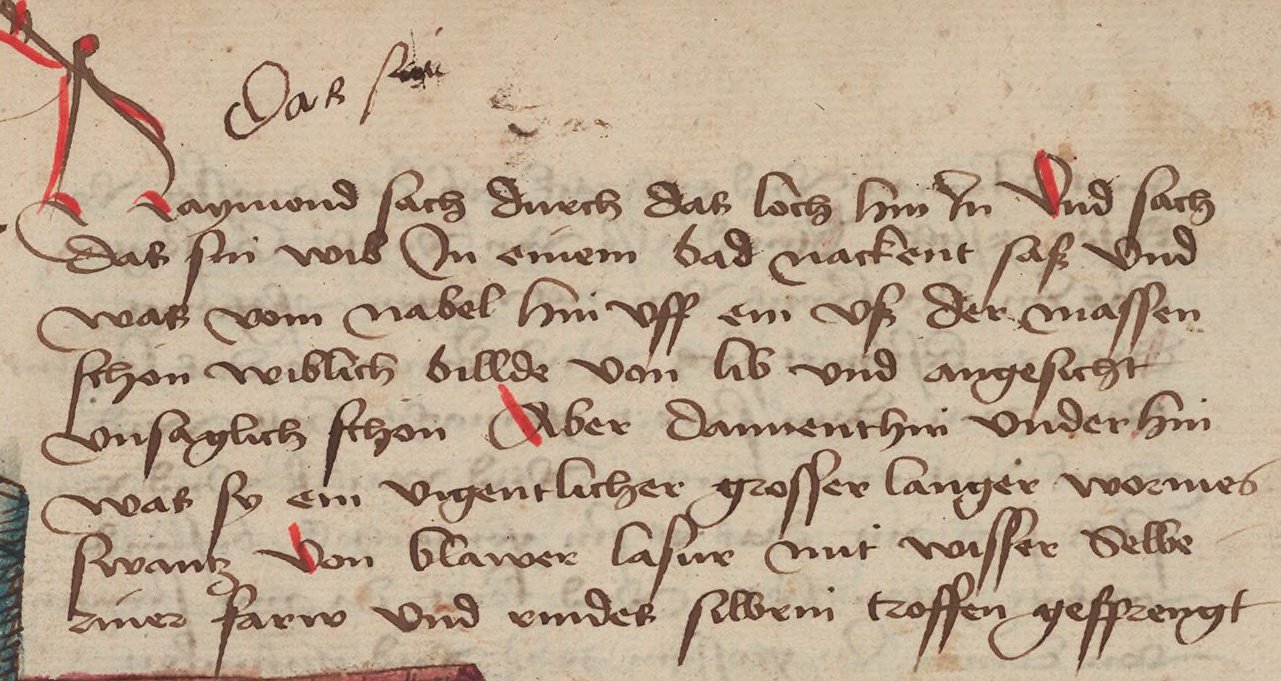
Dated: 1471–1471